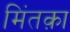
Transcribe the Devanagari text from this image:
मिंतक़ा